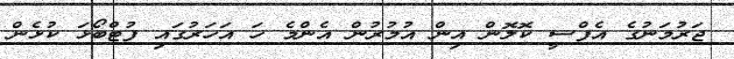
ޖަރުމަނުގެ އެފްސީ ކޮލޮން އިން އުމުރުން އެންމެ ހަ އަހަރުގައި ފުޓްބޯޅަ ކުޅެން